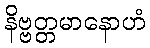
နိဗ္ဗတ္တမာနောဟံ